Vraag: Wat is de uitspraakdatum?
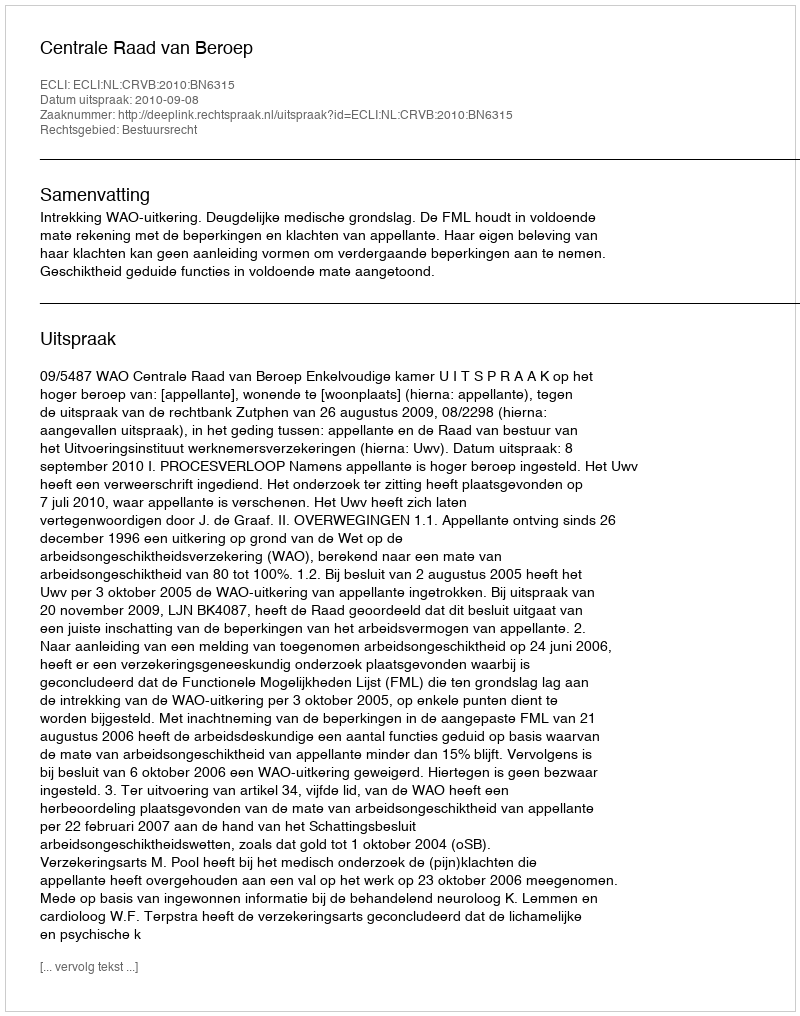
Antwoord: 2010-09-08